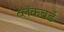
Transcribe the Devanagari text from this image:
ब्लॅकबर्ड